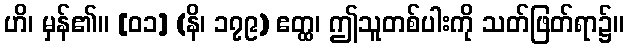
ဟိ၊ မှန်၏။ [၀၁] (နိ၊ ၁၇၉) ဧတ္ထ၊ ဤသူတစ်ပါးကို သတ်ဖြတ်ရာ၌။